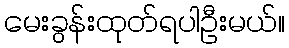
မေးခွန်းထုတ်ရပါဦးမယ်။